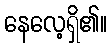
နေလေ့ရှိ၏။